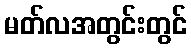
မတ်လအတွင်းတွင်